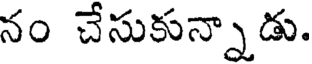
నం చేసుకున్నాడు.